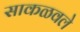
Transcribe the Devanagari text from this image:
साकळवले